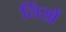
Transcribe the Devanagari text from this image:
लिंखें